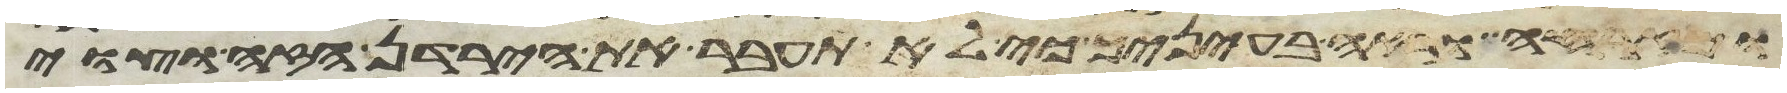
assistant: ומזרחה וראה בעיניך כי לא תעבר את הירדן הזה וצוי